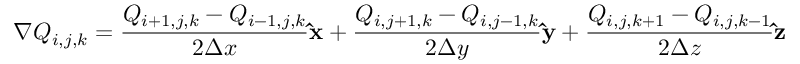
\nabla Q _ { i , j , k } = \frac { Q _ { i + 1 , j , k } - Q _ { i - 1 , j , k } } { 2 \Delta x } { \bf \hat { x } } + \frac { Q _ { i , j + 1 , k } - Q _ { i , j - 1 , k } } { 2 \Delta y } { \bf \hat { y } } + \frac { Q _ { i , j , k + 1 } - Q _ { i , j , k - 1 } } { 2 \Delta z } { \bf \hat { z } }